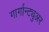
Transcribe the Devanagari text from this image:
गार्गान्ट्युअर